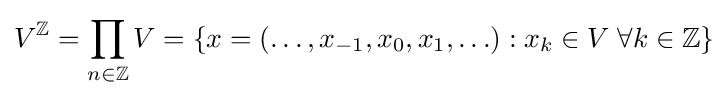
V^{\mathbb {Z} }=\prod _{n\in \mathbb {Z} }V=\{x=(\ldots ,x_{-1},x_{0},x_{1},\ldots ):x_{k}\in V\;\forall k\in \mathbb {Z} \}